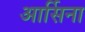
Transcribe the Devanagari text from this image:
आर्सिना